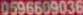
0596609036